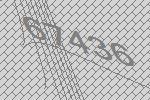
67436